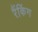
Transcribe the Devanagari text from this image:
रैंकिंग